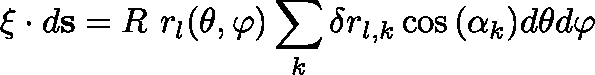
\mathbf { \xi } \cdot d \mathbf { s } = R \ r _ { l } ( \theta , \varphi ) \sum _ { k } \delta r _ { l , k } \cos { ( \alpha _ { k } ) } d \theta d \varphi